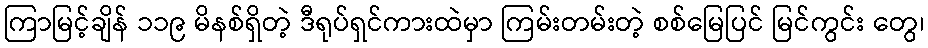
ကြာမြင့်ချိန် ၁၁၉ မိနစ်ရှိတဲ့ ဒီရုပ်ရှင်ကားထဲမှာ ကြမ်းတမ်းတဲ့ စစ်မြေပြင် မြင်ကွင်း တွေ၊